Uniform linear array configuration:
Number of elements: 24
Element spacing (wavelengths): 0.75
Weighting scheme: cosine
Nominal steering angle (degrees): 45
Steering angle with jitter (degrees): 43.364
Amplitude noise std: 0.05
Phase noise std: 0.05

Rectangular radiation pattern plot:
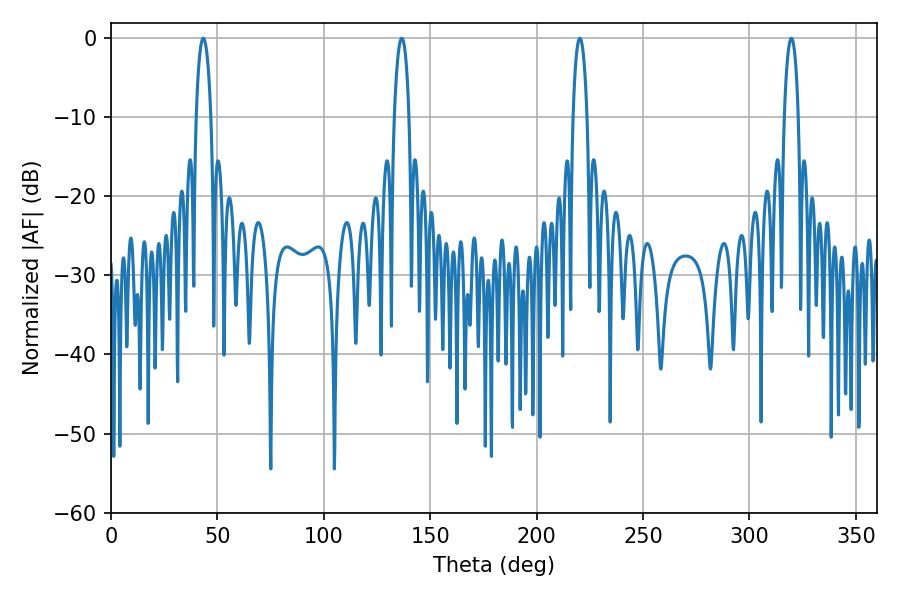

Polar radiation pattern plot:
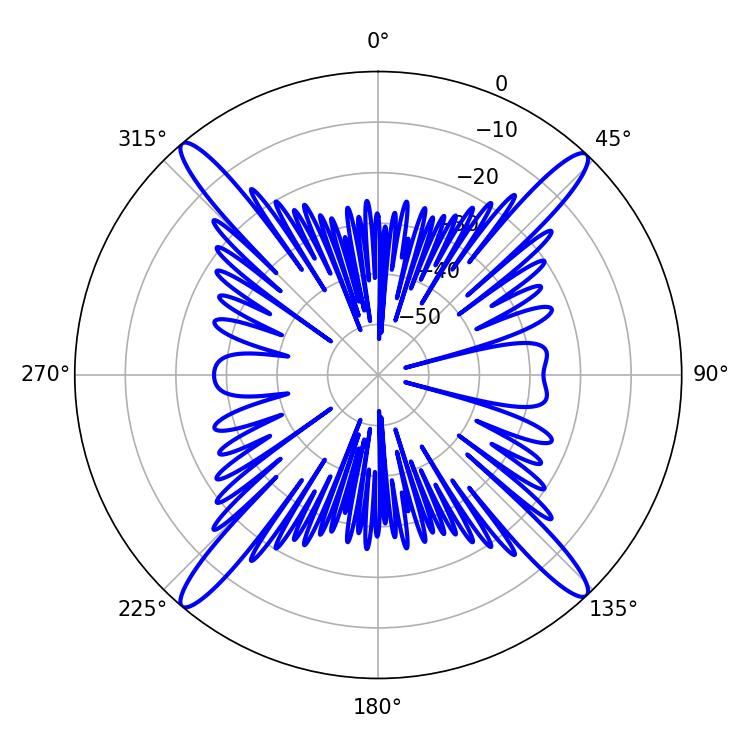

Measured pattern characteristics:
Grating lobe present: TRUE
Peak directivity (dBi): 22.59
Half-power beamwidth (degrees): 3.96
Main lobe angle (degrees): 43.38